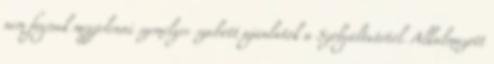
nem fognak megjelenni személyre szabott ajánlatok a Szolgáltatótól. Alkalmazott